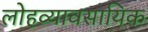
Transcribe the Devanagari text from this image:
लोहव्यावसायिक